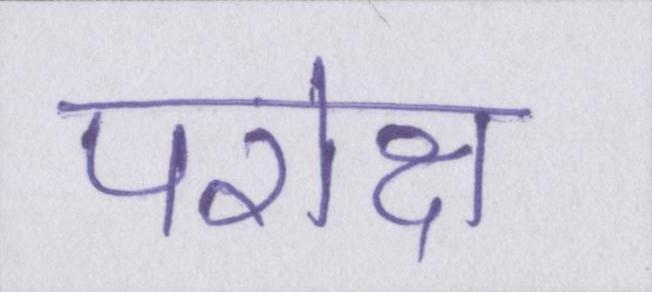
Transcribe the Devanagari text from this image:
परोक्ष